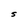
Character: S